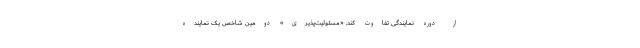
از دوره نمایندگی تفاوت کند. «مسئولیت‌پذیری» دومین شاخص یک نماینده